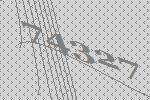
74327